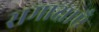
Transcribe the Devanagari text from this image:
समाक्षाएँ